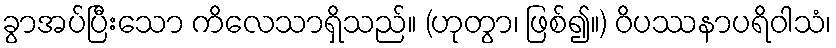
ခွာအပ်ပြီးသော ကိလေသာရှိသည်။ (ဟုတွာ၊ ဖြစ်၍။) ဝိပဿနာပရိဝါသံ၊